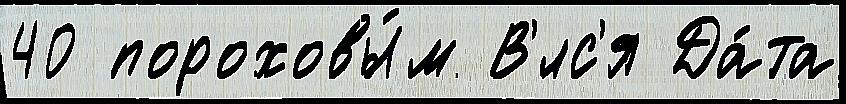
40 пороховы́м В'́лс'я Да́та